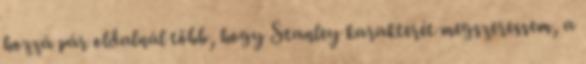
hozzá pár oldalnál több, hogy Stanley karakterét megszeressem, a